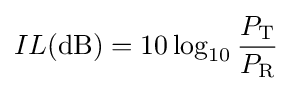
IL(\mathrm {dB} )=10\log _{10}{P_{\mathrm {T} } \over P_{\mathrm {R} }}